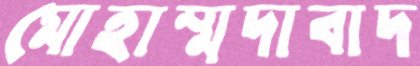
মোহাম্মদাবাদ